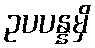
ဥပပန္နမှိ